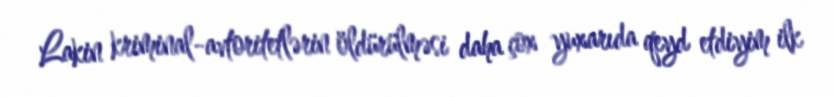
Lakin kriminal-avtoritetlərin öldürülməsi daha çox yuxarıda qeyd etdiyim ilk